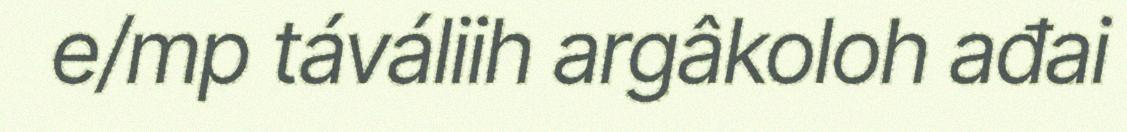
e/mp táváliih argâkoloh ađai